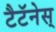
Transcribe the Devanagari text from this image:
टैटॅनेस्